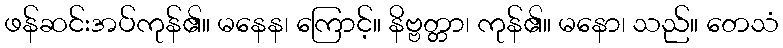
ဖန်ဆင်းအပ်ကုန်၏။ မနေန၊ ကြောင့်။ နိဗ္ဗတ္တာ၊ ကုန်၏။ မနော၊ သည်။ တေသံ